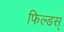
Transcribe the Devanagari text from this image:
फिल्डस्